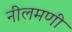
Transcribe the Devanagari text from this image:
नीलमणी